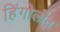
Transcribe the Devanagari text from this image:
हिंगोलीत